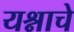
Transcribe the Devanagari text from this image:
यश्नाचे